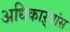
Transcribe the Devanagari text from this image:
अधिकाऱ्यांस